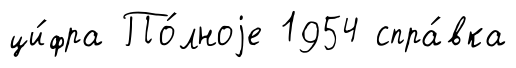
ци́фра По́лноjе 1954 спра́вка